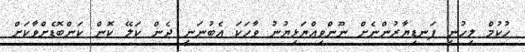
ހުކުމް ލިހުނީ ފަނޑިޔާރުންނެށް ނޫންވިއްޔަޅިޔުނު ވާހަކަ އެބުނަނީ ދެން ކަލޭ ކޮން ކަންބޮޑެށްވާކަށް